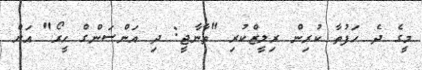
މީގެ ދެ ހަފުތާ ކުރިން ރިލީޒްކުރި "ތާނާޖީ: ދި އަންސަންގް ހީރޯ" އަށް